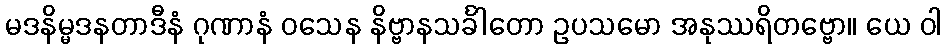
မဒနိမ္မဒနတာဒီနံ ဂုဏာနံ ဝသေန နိဗ္ဗာနသင်္ခါတော ဥပသမော အနုဿရိတဗ္ဗော။ ယေ ဝါ